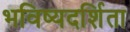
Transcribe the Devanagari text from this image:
भविष्यदर्शिता